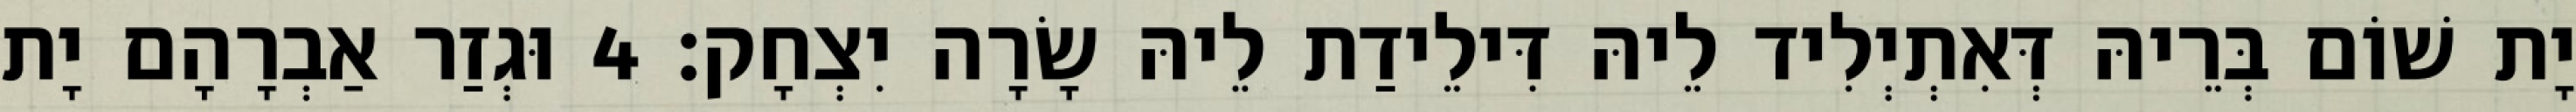
יָת שׁוֹם בְּרֵיהּ דְּאִתְיְלִיד לֵיהּ דִּילֵידַת לֵיהּ שָׂרָה יִצְחָק׃ 4 וּגְזַר אַבְרָהָם יָת